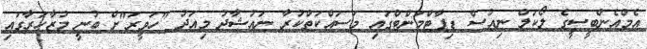
އެމްއެންބީސީގެ ލޯކަލް ނިއުސް ޑިޕާޓްމަންޓްގައި މަސައްކަތްކުރާ ނައުޝާދު މިއަދު "ހަވީރަ"ށް ބުނީ މުޒާހަރާގައި